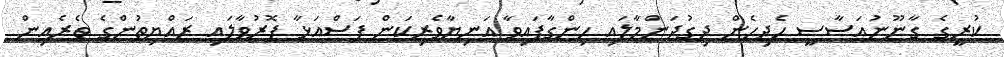
ކުރީގެ ގާނޫނުއަސާސީ ހެދިހެން ދިގުދަންމާލައި ހިންގާފައިވާ އަނިޔާވެރިކަން ފަސްއަޅާ ފޮރުވާލައި ރައްޔިތުންގެ ތެރެއިން